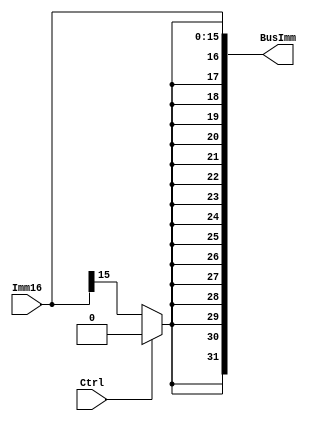
module SignExtender (BusImm, Imm16 , Ctrl); //module starts...

output [31:0] BusImm; //32 bit output
input [15:0] Imm16 ; //16 bit inputs
input Ctrl; //control signal

wire extBit; //bit to be added
assign extBit = ( Ctrl ? 1'b0 : Imm16[15] ); //assignments
assign BusImm = {{16{extBit}}, Imm16}; //extension

endmodule